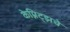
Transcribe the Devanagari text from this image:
केम्निट्झचे